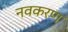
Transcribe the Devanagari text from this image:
नवकरण